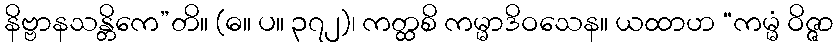
နိဗ္ဗာနသန္တိကေ”တိ။ (ဓ။ ပ။ ၃၇၂)၊ ကတ္ထစိ ကမ္မာဒိဝသေန။ ယထာဟ “ကမ္မံ ဝိဇ္ဇာ